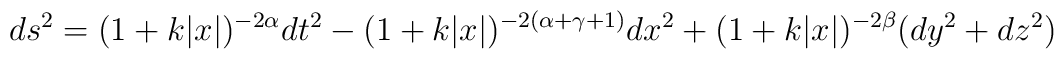
ds^{2}=(1+k|x|)^{-2\alpha}dt^{2}-(1+k|x|)^{-2(\alpha+\gamma+1)}dx^{2}+ (1+k|x|)^{-2\beta}(dy^{2}+dz^{2})